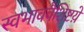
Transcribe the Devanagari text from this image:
स्वभाववैशिष्टय़े